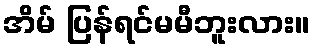
အိမ် ပြန်ရင်မမီဘူးလား။